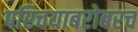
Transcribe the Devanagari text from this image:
परिचयाबरोबरच